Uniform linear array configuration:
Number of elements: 8
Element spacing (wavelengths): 0.25
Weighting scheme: kaiser
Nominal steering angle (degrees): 60
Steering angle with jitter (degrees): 59.089
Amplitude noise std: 0.05
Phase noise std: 0.05

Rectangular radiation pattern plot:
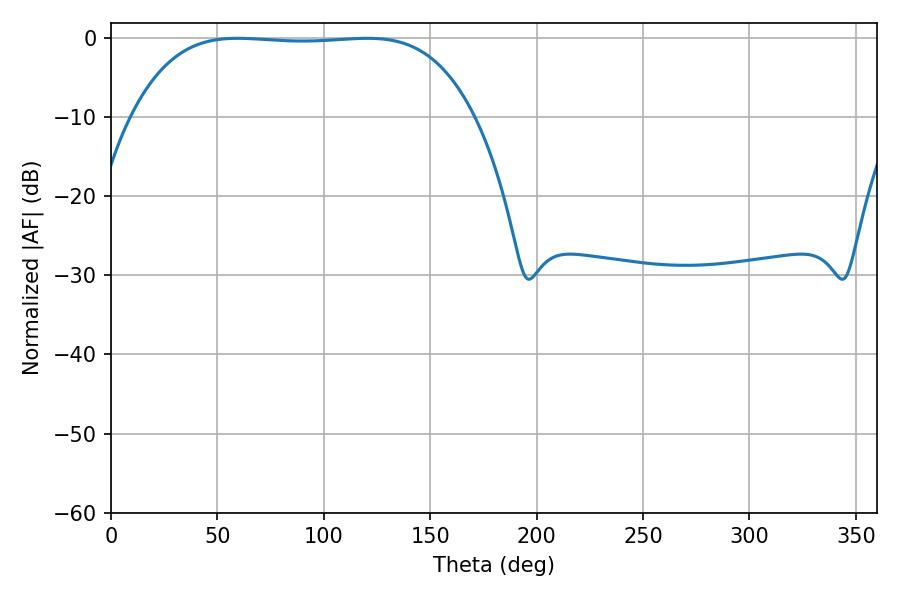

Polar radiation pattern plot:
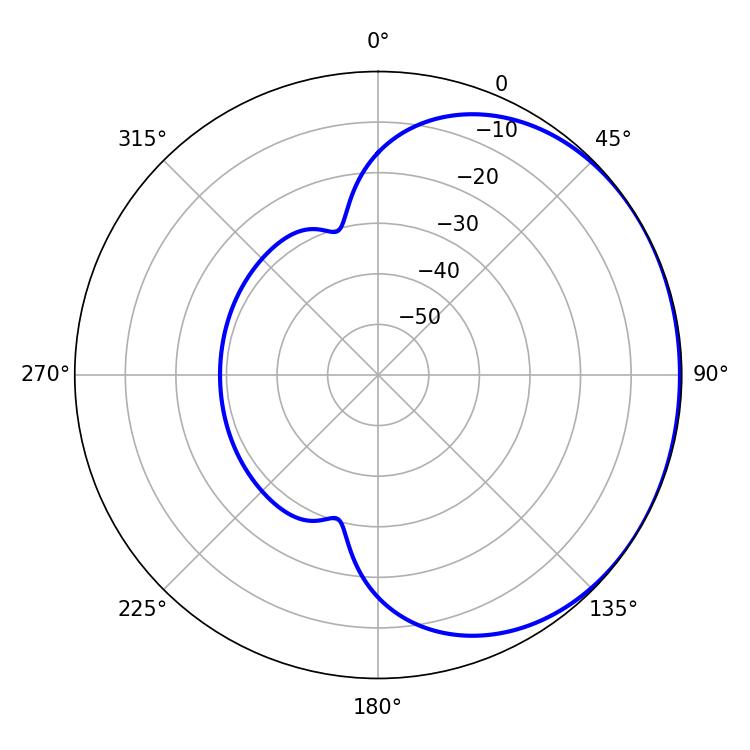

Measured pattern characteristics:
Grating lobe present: FALSE
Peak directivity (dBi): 0.7372
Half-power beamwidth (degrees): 125.28
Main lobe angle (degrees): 59.58